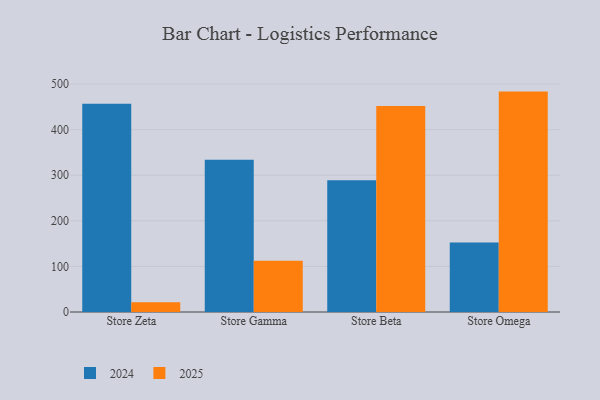
{"axis": {"x": "Store", "y": "Bounce Rate (%)"}, "legend": ["2024", "2025"], "data": [{"x": "Store Zeta", "y": 456.9, "type": "2024"}, {"x": "Store Zeta", "y": 21.5, "type": "2025"}, {"x": "Store Gamma", "y": 334.0, "type": "2024"}, {"x": "Store Gamma", "y": 112.5, "type": "2025"}, {"x": "Store Beta", "y": 289.1, "type": "2024"}, {"x": "Store Beta", "y": 452.0, "type": "2025"}, {"x": "Store Omega", "y": 152.3, "type": "2024"}, {"x": "Store Omega", "y": 483.6, "type": "2025"}]}